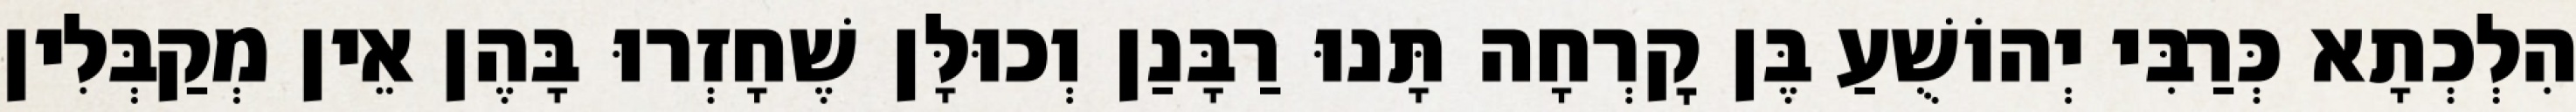
הִלְכְתָא כְּרַבִּי יְהוֹשֻׁעַ בֶּן קׇרְחָה תָּנוּ רַבָּנַן וְכוּלָּן שֶׁחָזְרוּ בָּהֶן אֵין מְקַבְּלִין